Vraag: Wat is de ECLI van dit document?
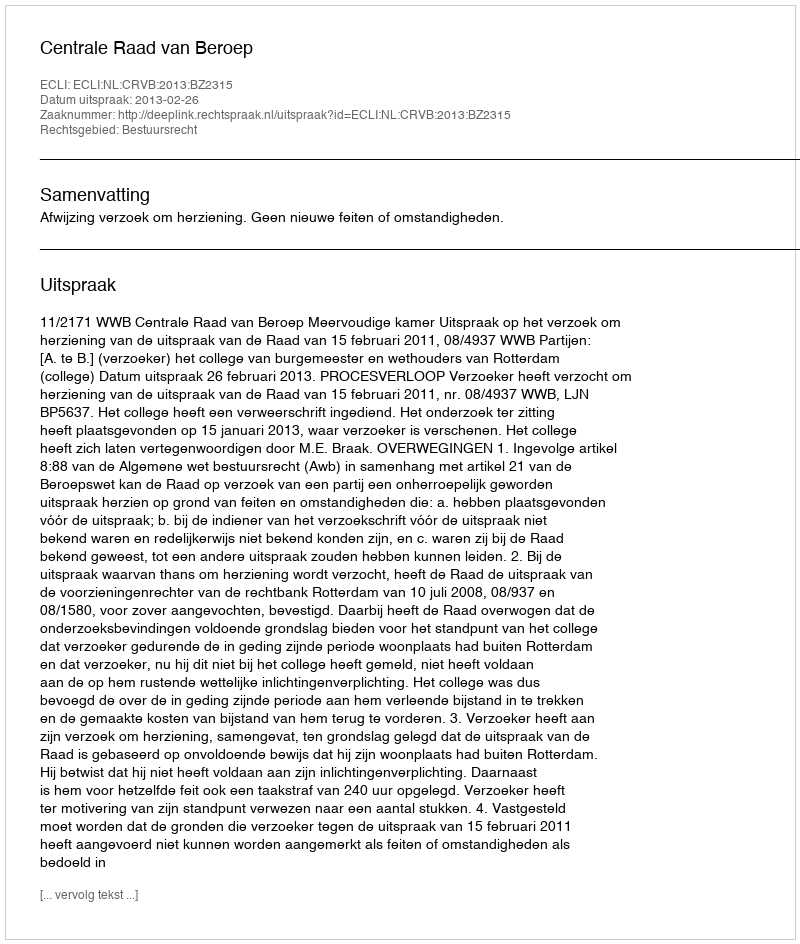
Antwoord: ECLI:NL:CRVB:2013:BZ2315